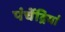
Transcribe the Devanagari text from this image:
पंचेंद्रियां